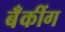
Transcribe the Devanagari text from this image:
बॅँकींग